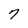
Character: 7